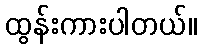
ထွန်းကားပါတယ်။